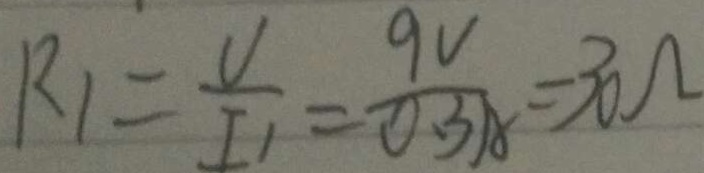
R _ { 1 } = \frac { U } { I _ { 1 } } = \frac { 9 V } { 0 . 3 A } = 3 0 \Omega